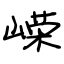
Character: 嵘